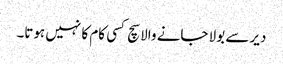
دیر سے بولا جانے والا سچ کسی کام کا نہیں ہوتا۔